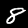
Label: 8